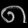
Digit: ၈